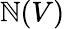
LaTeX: \mathbb{N}(V)